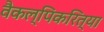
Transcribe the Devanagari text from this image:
वैकल्पिकरित्या